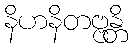
နိဟနိတဗ္ဗန္တိ